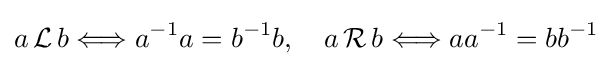
a\,{\mathcal {L}}\,b\Longleftrightarrow a^{-1}a=b^{-1}b,\quad a\,{\mathcal {R}}\,b\Longleftrightarrow aa^{-1}=bb^{-1}